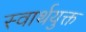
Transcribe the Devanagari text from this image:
स्वार्थयुक्त